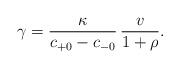
\begin{align*} \gamma=\frac{\kappa}{c_{+0}-c_{-0}}\,\frac{v}{1+\rho}.\end{align*}